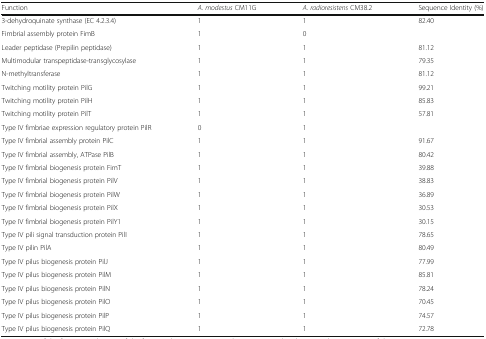
<table><thead><tr><td><b>Function</b></td><td><b><i>A. modestus</i> CM11G</b></td><td><b><i>A. radioresistens</i> CM38.2</b></td><td><b>Sequence Identity (%)</b></td></tr></thead><tbody><tr><td>3-dehydroquinate synthase (EC 4.2.3.4)</td><td>1</td><td>1</td><td>82.40</td></tr><tr><td>Fimbrial assembly protein FimB</td><td>1</td><td>0</td><td></td></tr><tr><td>Leader peptidase (Prepilin peptidase)</td><td>1</td><td>1</td><td>81.12</td></tr><tr><td>Multimodular transpeptidase-transglycosylase</td><td>1</td><td>1</td><td>79.35</td></tr><tr><td>N-methyltransferase</td><td>1</td><td>1</td><td>81.12</td></tr><tr><td>Twitching motility protein PilG</td><td>1</td><td>1</td><td>99.21</td></tr><tr><td>Twitching motility protein PilH</td><td>1</td><td>1</td><td>85.83</td></tr><tr><td>Twitching motility protein PilT</td><td>1</td><td>1</td><td>57.81</td></tr><tr><td>Type IV fimbriae expression regulatory protein PilR</td><td>0</td><td>1</td><td></td></tr><tr><td>Type IV fimbrial assembly protein PilC</td><td>1</td><td>1</td><td>91.67</td></tr><tr><td>Type IV fimbrial assembly, ATPase PilB</td><td>1</td><td>1</td><td>80.42</td></tr><tr><td>Type IV fimbrial biogenesis protein FimT</td><td>1</td><td>1</td><td>39.88</td></tr><tr><td>Type IV fimbrial biogenesis protein PilV</td><td>1</td><td>1</td><td>38.83</td></tr><tr><td>Type IV fimbrial biogenesis protein PilW</td><td>1</td><td>1</td><td>36.89</td></tr><tr><td>Type IV fimbrial biogenesis protein PilX</td><td>1</td><td>1</td><td>30.53</td></tr><tr><td>Type IV fimbrial biogenesis protein PilY1</td><td>1</td><td>1</td><td>30.15</td></tr><tr><td>Type IV pili signal transduction protein PilI</td><td>1</td><td>1</td><td>78.65</td></tr><tr><td>Type IV pilin PilA</td><td>1</td><td>1</td><td>80.49</td></tr><tr><td>Type IV pilus biogenesis protein PilJ</td><td>1</td><td>1</td><td>77.99</td></tr><tr><td>Type IV pilus biogenesis protein PilM</td><td>1</td><td>1</td><td>85.81</td></tr><tr><td>Type IV pilus biogenesis protein PilN</td><td>1</td><td>1</td><td>78.24</td></tr><tr><td>Type IV pilus biogenesis protein PilO</td><td>1</td><td>1</td><td>70.45</td></tr><tr><td>Type IV pilus biogenesis protein PilP</td><td>1</td><td>1</td><td>74.57</td></tr><tr><td>Type IV pilus biogenesis protein PilQ</td><td>1</td><td>1</td><td>72.78</td></tr></tbody></table>